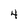
Character: 4